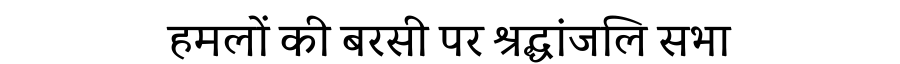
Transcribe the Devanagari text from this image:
हमलों की बरसी पर श्रद्धांजलि सभा